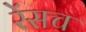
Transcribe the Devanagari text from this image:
रेंसच